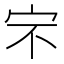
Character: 𰌶